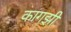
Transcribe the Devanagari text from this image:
कागझी